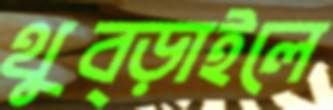
থুব্‌ড়াইলে